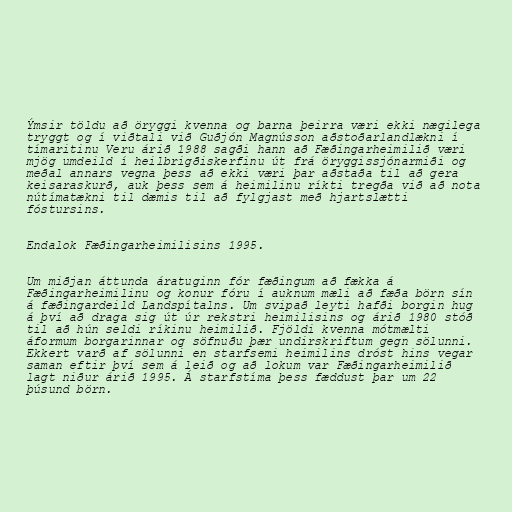
Ýmsir töldu að öryggi kvenna og barna þeirra væri ekki nægilega
tryggt og í viðtali við Guðjón Magnússon aðstoðarlandlækni í
tímaritinu Veru árið 1988 sagði hann að Fæðingarheimilið væri
mjög umdeild í heilbrigðiskerfinu út frá öryggissjónarmiði og
meðal annars vegna þess að ekki væri þar aðstaða til að gera
keisaraskurð, auk þess sem á heimilinu ríkti tregða við að nota
nútímatækni til dæmis til að fylgjast með hjartslætti
fóstursins.

Endalok Fæðingarheimilisins 1995.

Um miðjan áttunda áratuginn fór fæðingum að fækka á
Fæðingarheimilinu og konur fóru í auknum mæli að fæða börn sín
á fæðingardeild Landspítalns. Um svipað leyti hafði borgin hug
á því að draga sig út úr rekstri heimilisins og árið 1980 stóð
til að hún seldi ríkinu heimilið. Fjöldi kvenna mótmælti
áformum borgarinnar og söfnuðu þær undirskriftum gegn sölunni.
Ekkert varð af sölunni en starfsemi heimilins dróst hins vegar
saman eftir því sem á leið og að lokum var Fæðingarheimilið
lagt niður árið 1995. Á starfstíma þess fæddust þar um 22
þúsund börn.